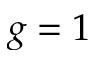
g = 1